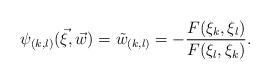
LaTeX: \begin{align*}\psi_{(k,l)} (\vec{\xi} , \vec{w}) = \tilde{w}_{(k,l)} = -\frac{F(\xi_k, \xi_l)}{F(\xi_l ,\xi_k)}.\end{align*}